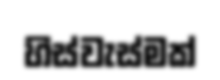
හිස්වැස්මක්